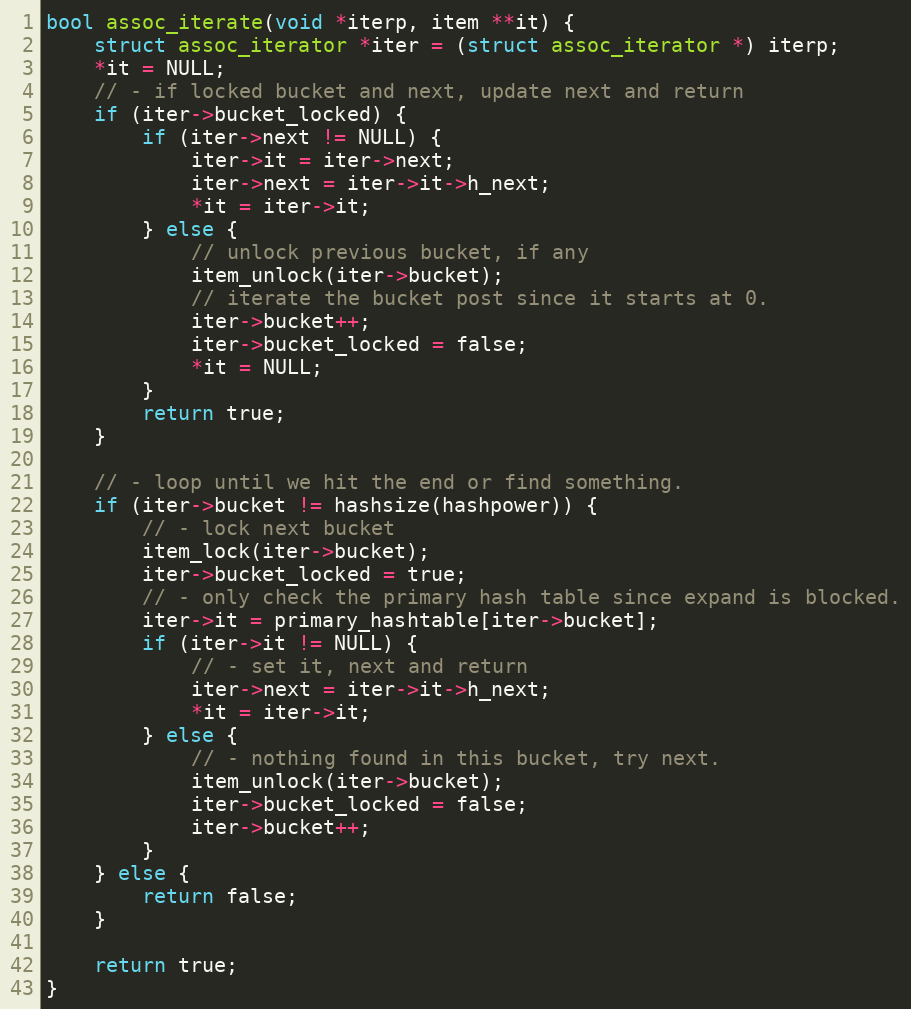
Language: C
bool assoc_iterate(void *iterp, item **it) {
    struct assoc_iterator *iter = (struct assoc_iterator *) iterp;
    *it = NULL;
    // - if locked bucket and next, update next and return
    if (iter->bucket_locked) {
        if (iter->next != NULL) {
            iter->it = iter->next;
            iter->next = iter->it->h_next;
            *it = iter->it;
        } else {
            // unlock previous bucket, if any
            item_unlock(iter->bucket);
            // iterate the bucket post since it starts at 0.
            iter->bucket++;
            iter->bucket_locked = false;
            *it = NULL;
        }
        return true;
    }

    // - loop until we hit the end or find something.
    if (iter->bucket != hashsize(hashpower)) {
        // - lock next bucket
        item_lock(iter->bucket);
        iter->bucket_locked = true;
        // - only check the primary hash table since expand is blocked.
        iter->it = primary_hashtable[iter->bucket];
        if (iter->it != NULL) {
            // - set it, next and return
            iter->next = iter->it->h_next;
            *it = iter->it;
        } else {
            // - nothing found in this bucket, try next.
            item_unlock(iter->bucket);
            iter->bucket_locked = false;
            iter->bucket++;
        }
    } else {
        return false;
    }

    return true;
}